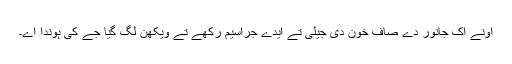
اونے اک جانور دے صاف خون دی جیلی تے ایدے جراسیم رکھے تے ویکھن لگ گیا جے کی ہوندا اے۔